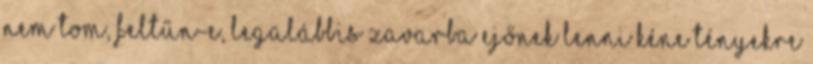
Nem tom, feltűn-e, legalábbis zavarba ejőnek lenni kéne tényekre